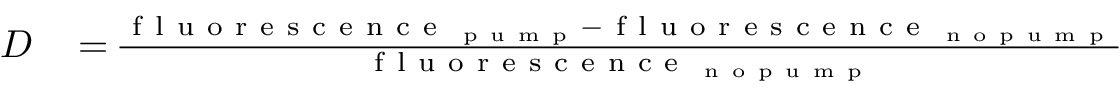
\begin{array} { r l } { D } & { { } \, { = } \, \frac { \mathrm { ~ f ~ l ~ u ~ o ~ r ~ e ~ s ~ c ~ e ~ n ~ c ~ e ~ } _ { \mathrm { ~ p ~ u ~ m ~ p ~ } } - \mathrm { ~ f ~ l ~ u ~ o ~ r ~ e ~ s ~ c ~ e ~ n ~ c ~ e ~ } _ { \mathrm { ~ n ~ o ~ p ~ u ~ m ~ p ~ } } } { \mathrm { ~ f ~ l ~ u ~ o ~ r ~ e ~ s ~ c ~ e ~ n ~ c ~ e ~ } _ { \mathrm { ~ n ~ o ~ p ~ u ~ m ~ p ~ } } } } \end{array}